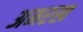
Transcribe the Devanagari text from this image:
अमरख